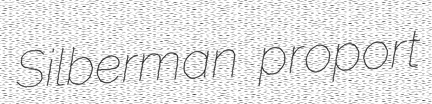
Silberman proport